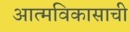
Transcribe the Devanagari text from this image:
आत्मविकासाची